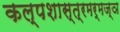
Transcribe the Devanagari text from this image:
कल्पशास्त्रमर्मज्ञ